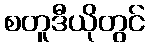
စတူဒီယိုတွင်